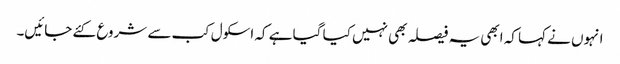
انہوں نے کہا کہ ابھی یہ فیصلہ بھی نہیں کیا گیا ہے کہ اسکول کب سے شروع کئے جائیں۔